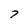
Character: 7